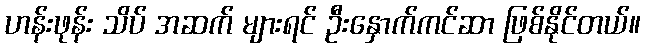
ဟန်းဖုန်း သိပ် အဆက် များရင် ဦးနှောက်ကင်ဆာ ဖြစ်နိုင်တယ်။